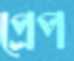
প্রেপ